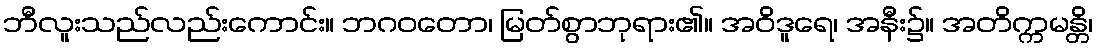
ဘီလူးသည်လည်းကောင်း။ ဘဂဝတော၊ မြတ်စွာဘုရား၏။ အဝိဒူရေ၊ အနီး၌။ အတိက္ကမန္တိ၊